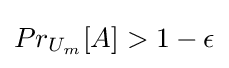
Pr_{U_{m}}[A]>1-\epsilon